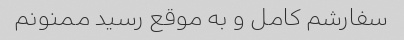
سفارشم کامل و به موقع رسید ممنونم